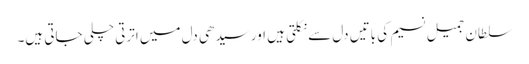
سلطان جمیل نسیم کی باتیں دل سے نکلتی ہیں اور سیدھی دل میں اترتی چلی جاتی ہیں۔